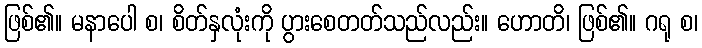
ဖြစ်၏။ မနာပေါ စ၊ စိတ်နှလုံးကို ပွားစေတတ်သည်လည်း။ ဟောတိ၊ ဖြစ်၏။ ဂရု စ၊